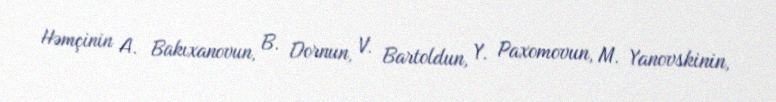
Həmçinin A. Bakıxanovun, B. Dornun, V. Bartoldun, Y. Paxomovun, M. Yanovskinin,